Indian journal of veterinary science and animal husbandry - Volume 6,
Year: 1936
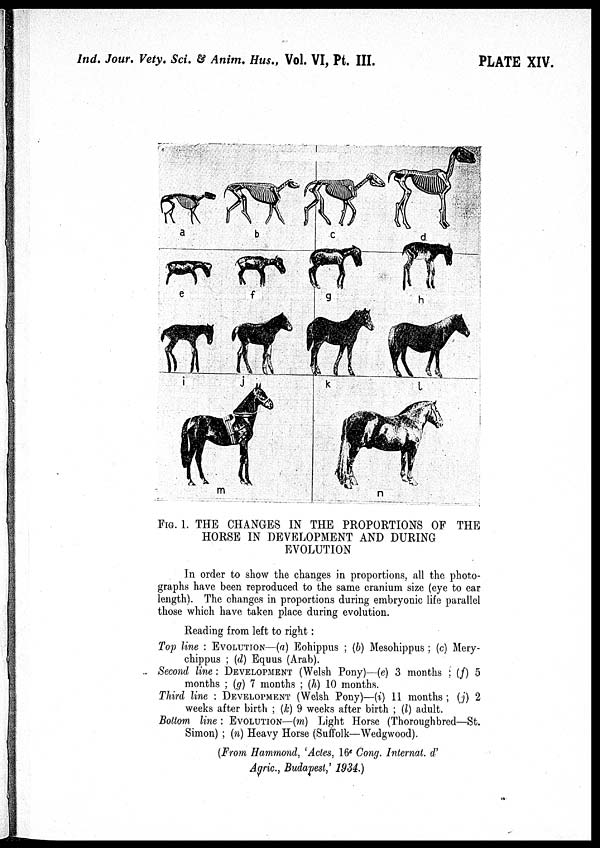
Ind. Jour. Vety. Sci. & Anim. Hus., Vol. VI, Pt. III.
PLATE XIV.
FIG. 1. THE CHANGES IN THE PROPORTIONS OF THE
HORSE IN DEVELOPMENT AND DURING
EVOLUTION
In order to show the changes in proportions, all the photo-
graphs have been reproduced to the same cranium size (eye to ear
length). The changes in proportions during embryonic life parallel
those which have taken place during evolution.
Reading from left to right :
Top line : EVOLUTION—(a) Eohippus ; (b) Mesohippus ; (c) Mery¬
chippus ; (d) Equus (Arab).
Second line : DEVELOPMENT(Welsh Pony)—(e) 3 months ; (f) 5
months ; (g) 7 months ; (h) 10 months.
Third line : DEVELOPMENT (Welsh Pony)—(i) 11 months ; (j) 2
weeks after birth ; (k) 9 weeks after birth ; (l) adult.
Bottom line : EVOLUTION—(m) Light Horse (Thoroughbred—St.
Simon) ; (n) Heavy Horse (Suffolk—Wedgwood).
(From Hammond, 'Actes, 16 c Cong. Internal. d.'
Agric., Budapest,' 1934.)